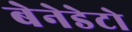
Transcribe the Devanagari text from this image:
बेनेडेटो